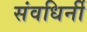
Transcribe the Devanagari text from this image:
संवधिर्नी